Vaccination in Bombay 1924-1928 - 1924-1928
Year: 1924
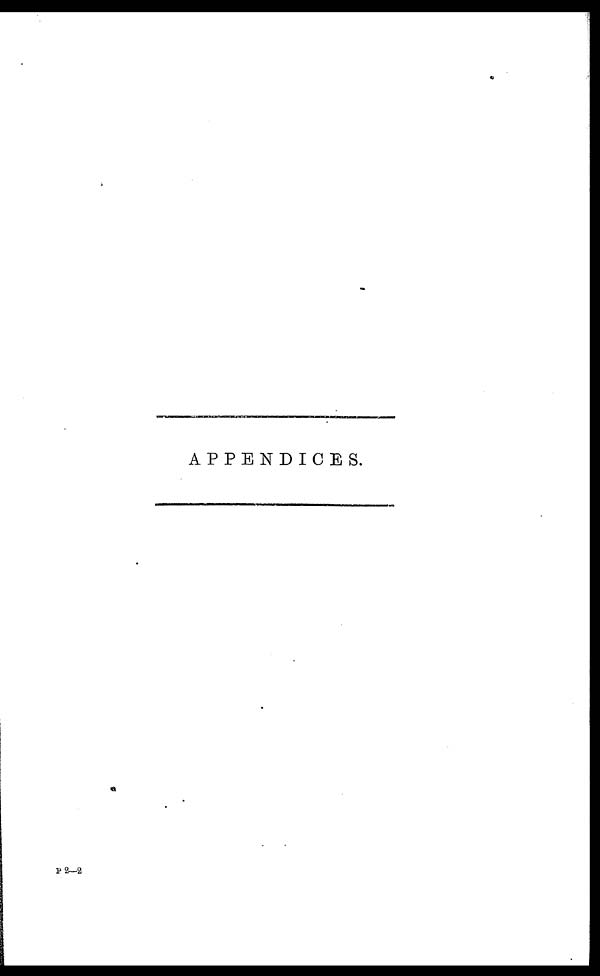
APPENDICES.
P 2—2